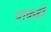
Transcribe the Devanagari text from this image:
धाकही